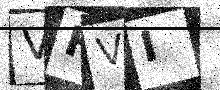
Text: VHVI